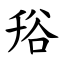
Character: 谸